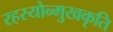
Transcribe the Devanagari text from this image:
रहस्योन्मुखकृति